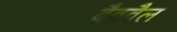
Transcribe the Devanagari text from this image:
बैववैल